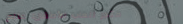
متجر العاب الأطفال: عالم